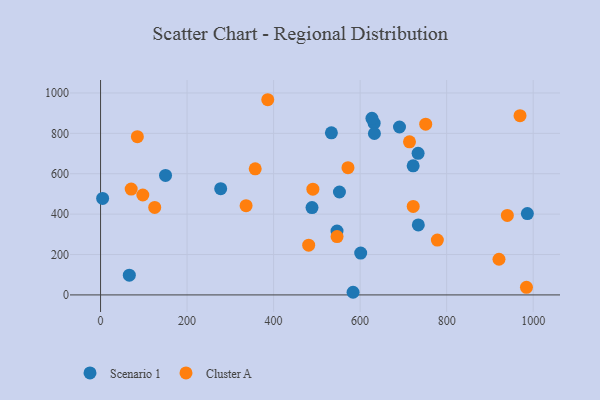
{"axis": {"x": "Speed", "y": "Salary"}, "legend": ["Cluster A", "Scenario 1"], "data": [{"x": "546.6", "y": 315.9, "type": "Scenario 1"}, {"x": "691.0", "y": 831.4, "type": "Scenario 1"}, {"x": "488.8", "y": 432.6, "type": "Scenario 1"}, {"x": "734.0", "y": 701.0, "type": "Scenario 1"}, {"x": "632.4", "y": 850.5, "type": "Scenario 1"}, {"x": "552.2", "y": 509.5, "type": "Scenario 1"}, {"x": "722.6", "y": 638.9, "type": "Scenario 1"}, {"x": "627.3", "y": 874.4, "type": "Scenario 1"}, {"x": "150.2", "y": 591.4, "type": "Scenario 1"}, {"x": "277.7", "y": 525.9, "type": "Scenario 1"}, {"x": "986.6", "y": 402.6, "type": "Scenario 1"}, {"x": "734.5", "y": 346.4, "type": "Scenario 1"}, {"x": "66.5", "y": 97.7, "type": "Scenario 1"}, {"x": "633.0", "y": 799.1, "type": "Scenario 1"}, {"x": "601.3", "y": 207.0, "type": "Scenario 1"}, {"x": "4.8", "y": 477.5, "type": "Scenario 1"}, {"x": "583.7", "y": 13.1, "type": "Scenario 1"}, {"x": "533.6", "y": 802.4, "type": "Scenario 1"}, {"x": "571.9", "y": 630.1, "type": "Cluster A"}, {"x": "357.5", "y": 624.2, "type": "Cluster A"}, {"x": "714.1", "y": 758.0, "type": "Cluster A"}, {"x": "481.1", "y": 246.5, "type": "Cluster A"}, {"x": "921.0", "y": 176.7, "type": "Cluster A"}, {"x": "125.2", "y": 433.1, "type": "Cluster A"}, {"x": "969.6", "y": 887.6, "type": "Cluster A"}, {"x": "490.8", "y": 523.7, "type": "Cluster A"}, {"x": "940.3", "y": 393.5, "type": "Cluster A"}, {"x": "85.1", "y": 783.5, "type": "Cluster A"}, {"x": "336.4", "y": 441.9, "type": "Cluster A"}, {"x": "386.5", "y": 966.4, "type": "Cluster A"}, {"x": "751.6", "y": 845.3, "type": "Cluster A"}, {"x": "722.7", "y": 438.3, "type": "Cluster A"}, {"x": "546.7", "y": 289.0, "type": "Cluster A"}, {"x": "984.5", "y": 37.6, "type": "Cluster A"}, {"x": "70.8", "y": 524.0, "type": "Cluster A"}, {"x": "778.5", "y": 271.6, "type": "Cluster A"}, {"x": "97.7", "y": 494.6, "type": "Cluster A"}]}